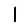
Digit: 1